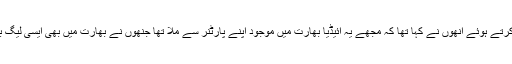
اسلام آباد میں باکسنگ اکیڈمی میں پریس کانفرنس سے خطاب کرتے ہوئے انھوں نے کہا تھا کہ مجھے یہ آئیڈیا بھارت میں موجود اپنے پارٹنر سے ملا تھا جنھوں نے بھارت میں بھی ایسی لیگ بنائی لہذا میں نے پاکستان میں بھی لیگ کے انعقاد کا فیصلہ کیا۔